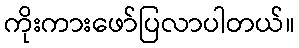
ကိုးကားဖော်ပြလာပါတယ်။